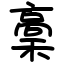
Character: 稾